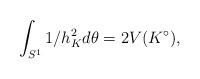
LaTeX: \begin{align*}\int_{S^1} 1/h_K^2 d\theta = 2 V(K^{\circ}) ,\end{align*}